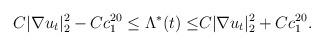
LaTeX: \begin{align*}C|\nabla u_t|^2_{2}-Cc^{20}_1 \leq \Lambda^*(t)\leq& C|\nabla u_t|^2_{2}+Cc^{20}_1.\end{align*}